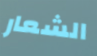
الشعار